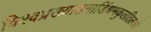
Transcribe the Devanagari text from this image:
विश्वप्रख्यातनाडिंधमकुलतिलको